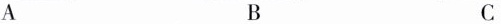
A B C